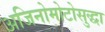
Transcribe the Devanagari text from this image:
अजिनोमोटोसुद्धा